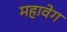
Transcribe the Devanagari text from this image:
महावेग